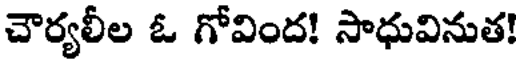
చౌర్యలీల ఓ గోవింద! సాధువినుత!